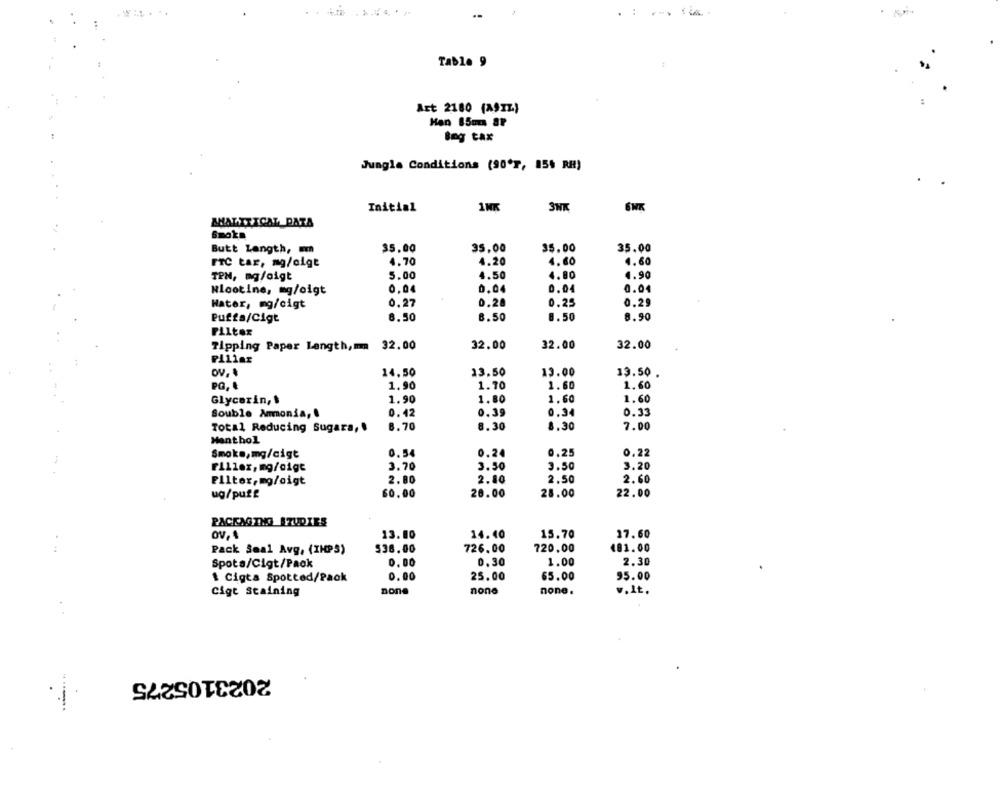
.-
--
Table 9
Art 2180 (ASIL)
Han 85mm SP
Bog tax
Jungle Conditions (90'T, 154 RH)
1NK
3NK
ÉNK
Initial
AHALTTICAL DATA
6moks
Butt Length,
35.00
35,00
35.00
35.00
4.70
4.20
4.60
4.60
FTC Lar, mg/olgt
TEN, mg/oigt
5.00
4.50
4.80
4.90
Nlootine, mg/oigt
0.04
0.04
0.04
0.04
0.25
0.29
Hater, mg/cigt
0.27
0.28
6.50
8.50
8.50
8.90
Puffa/Cigt
Filter
Tipping Paper Length,mm 32.00
32.00
32.00
32.00
Pillar
OV.
14.50
13.50
13.00
13.50
1.90
1.70
1.60
1.60
Glycerin,
1.90
1.80
1.60
1.60
0.42
0.34
Souble Ammonia,
0.39
0.33
Total Reducing Sugara, .
8.70
8.30
8.30
7.00
Menthol
0.22
Smoke,mg/cigt
0.54
0.24
0,25
Filler, mg/oigt
3.70
3.50
3.50
3.20
Filter,mg/oigt
2.80
2.80
2.50
2.60
ug/puff
60.00
20.00
28.00
22.00
PACKAGING STUDIES
OV, 4
13.00
14.40
15.70
17.60
481.00
Pack Seal Avg, (IHPS)
$38.00
726.00
720.00
0.00
0,30
1.00
2.30
Spota/Cigt/Pack
0.00
25.00
65.00
95.00
1 Cigta Spotted/Pack
Cige staining
none
none
none.
v.It.
2023105275